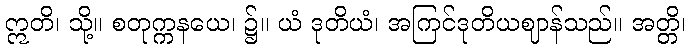
ဣတိ၊ သို့။ စတုက္ကနယေ၊ ၌။ ယံ ဒုတိယံ၊ အကြင်ဒုတိယဈာန်သည်။ အတ္တိ၊